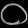
Digit: ၀